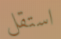
استقل